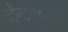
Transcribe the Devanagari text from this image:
देहधर्मों